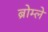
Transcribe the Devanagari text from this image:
ब्रोम्ले